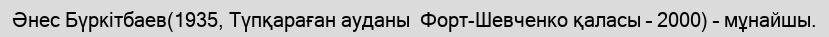
Әнес Бүркітбаев(1935, Түпқараған ауданы  Форт-Шевченко қаласы – 2000) – мұнайшы.